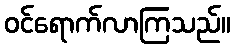
ဝင်ရောက်လာကြသည်။